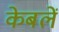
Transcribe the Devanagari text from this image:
केबलें